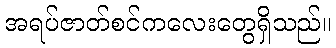
အရပ်ဇာတ်စင်ကလေးတွေရှိသည်။